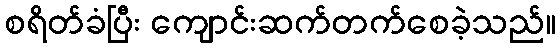
စရိတ်ခံပြီး ကျောင်းဆက်တက်စေခဲ့သည်။